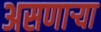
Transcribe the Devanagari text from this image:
असणार्‍या